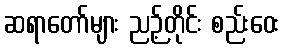
ဆရာတော်များ ညဉ့်တိုင်း စည်းဝေး